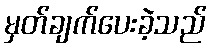
မှတ်ချက်ပေးခဲ့သည်